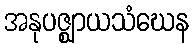
အနုပဇ္ဈာယသံဃေန